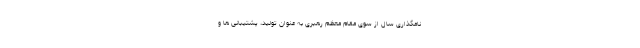
نامگذاری سال از سوی مقام معظم رهبری به عنوان تولید، پشتیبانی ها و